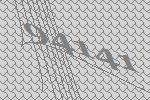
94141